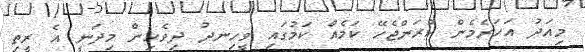
މިއަދު އަހަރެމެން ކުރަންޖެހޭ ކަމެއް ކަމުގައި ވީހިނދު ދިވެހިން މިދަނީ އެ ރީތި